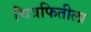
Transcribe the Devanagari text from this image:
चित्रफितीला